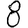
Digit: 8